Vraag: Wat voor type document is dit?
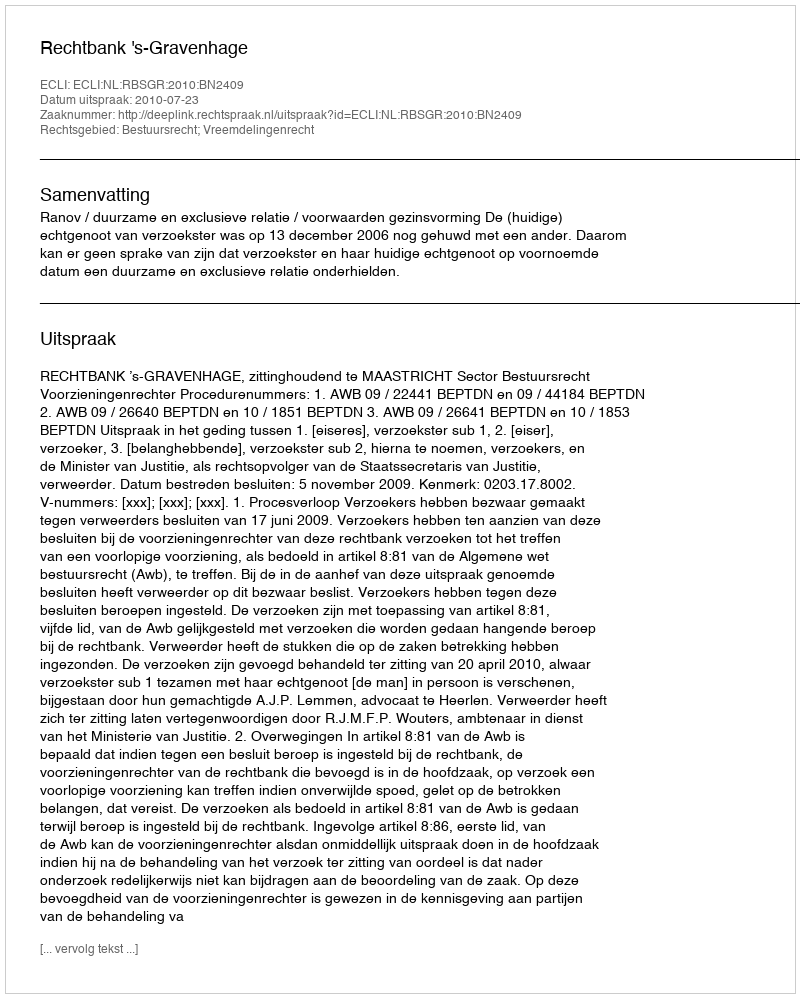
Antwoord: Uitspraak